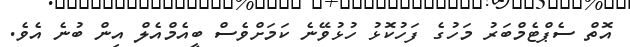
އޮތް ސެޕްޓެމްބަރު މަހުގެ ފަހުކޮޅު ހުޅުވޭނެ ކަމަށްވެސް ބީއެމްއެލް އިން ބުނެ އެވެ.